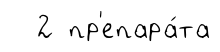
2 пр'епара́та